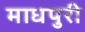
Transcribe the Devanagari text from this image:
माधपुरी